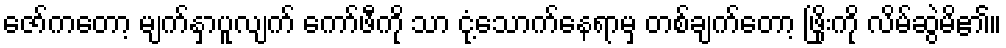
ဇော်ကတော့ မျက်နှာပူလျက် ကော်ဖီကို သာ ငုံ့သောက်နေရာမှ တစ်ချက်တော့ ဖြိုးကို လိမ်ဆွဲမိ၏။